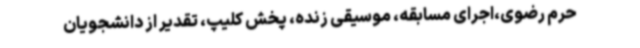
حرم رضوی،اجرای مسابقه، موسیقی زنده، پخش کلیپ، تقدیر از دانشجویان